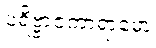
ပရိဗ္ဗာဇကာရာမော